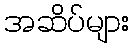
အဆိပ်များ